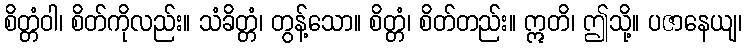
စိတ္တံဝါ၊ စိတ်ကိုလည်း။ သံခိတ္တံ၊ တွန့်သော။ စိတ္တံ၊ စိတ်တည်း။ ဣတိ၊ ဤသို့။ ပဇာနေယျ၊